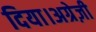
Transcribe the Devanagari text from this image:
दिया।अग्रेज़ी